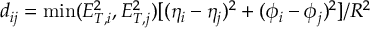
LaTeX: d _ { i j } = \operatorname * { m i n } ( E _ { T , i } ^ { 2 } , E _ { T , j } ^ { 2 } ) [ ( \eta _ { i } - \eta _ { j } ) ^ { 2 } + ( \phi _ { i } - \phi _ { j } ) ^ { 2 } ] / R ^ { 2 }